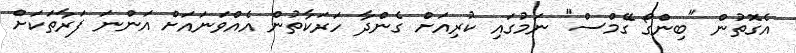
އެގޮތުން "ބިންގޯ ގޭމްސް" ނަމުގައި ކުރިއަށް ގެންދާ ހަރަކާތުން އެއްވަނައަށް އަންނަ ފަރާތަކަށް